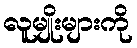
လူမျိုးများကို